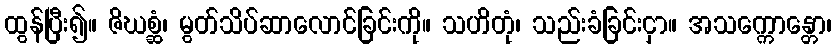
ထွန်ပြီး၍။ ဇိဃစ္ဆံ၊ မွတ်သိပ်ဆာလောင်ခြင်းကို။ သဟိတုံ၊ သည်းခံခြင်းငှာ။ အသက္ကောန္တော၊